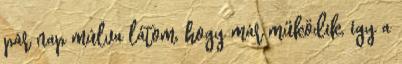
pár nap múlva látom, hogy már működik, így a